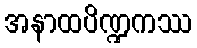
အနာထပိဏ္ဍကဿ